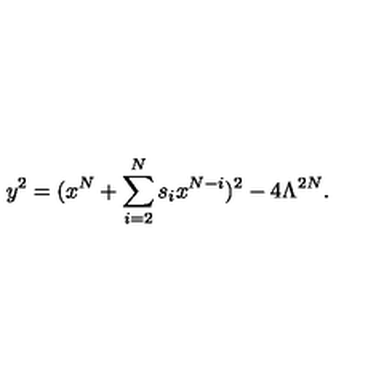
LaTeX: y ^ { 2 } = ( x ^ { N } + \sum _ { i = 2 } ^ { N } s _ { i } x ^ { N - i } ) ^ { 2 } - 4 \Lambda ^ { 2 N } .